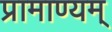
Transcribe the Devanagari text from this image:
प्रामाण्यम्